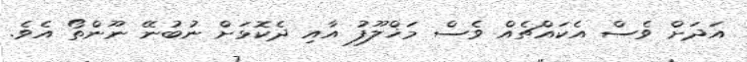
އަދަށް ވެސް އެކައްޗެއް ވެސް މަޚްލޫފު އާއި ދެކޮޅަށް ނުބުނޭ ނޫންތޯ އެވެ.